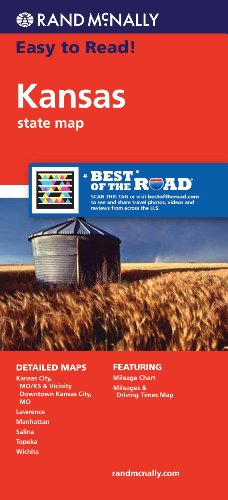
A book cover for Rand McNally Easy To Read: Kansas State Map; Rand McNally; Travel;